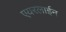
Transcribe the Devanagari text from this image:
एयरलाईन